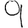
Digit: 9